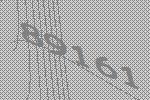
89161